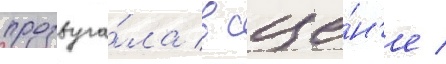
прозвуча́ла в сце́н'е /